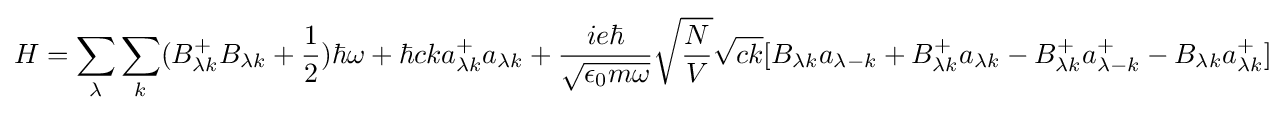
H=\sum _{\lambda }\sum _{k}(B_{\lambda k}^{+}B_{\lambda k}+{1 \over 2})\hbar \omega +\hbar cka_{\lambda k}^{+}a_{\lambda k}+{ie\hbar  \over {\sqrt {\epsilon _{0}m\omega }}}{\sqrt {N \over V}}{\sqrt {ck}}[B_{\lambda k}a_{\lambda -k}+B_{\lambda k}^{+}a_{\lambda k}-B_{\lambda k}^{+}a_{\lambda -k}^{+}-B_{\lambda k}a_{\lambda k}^{+}]